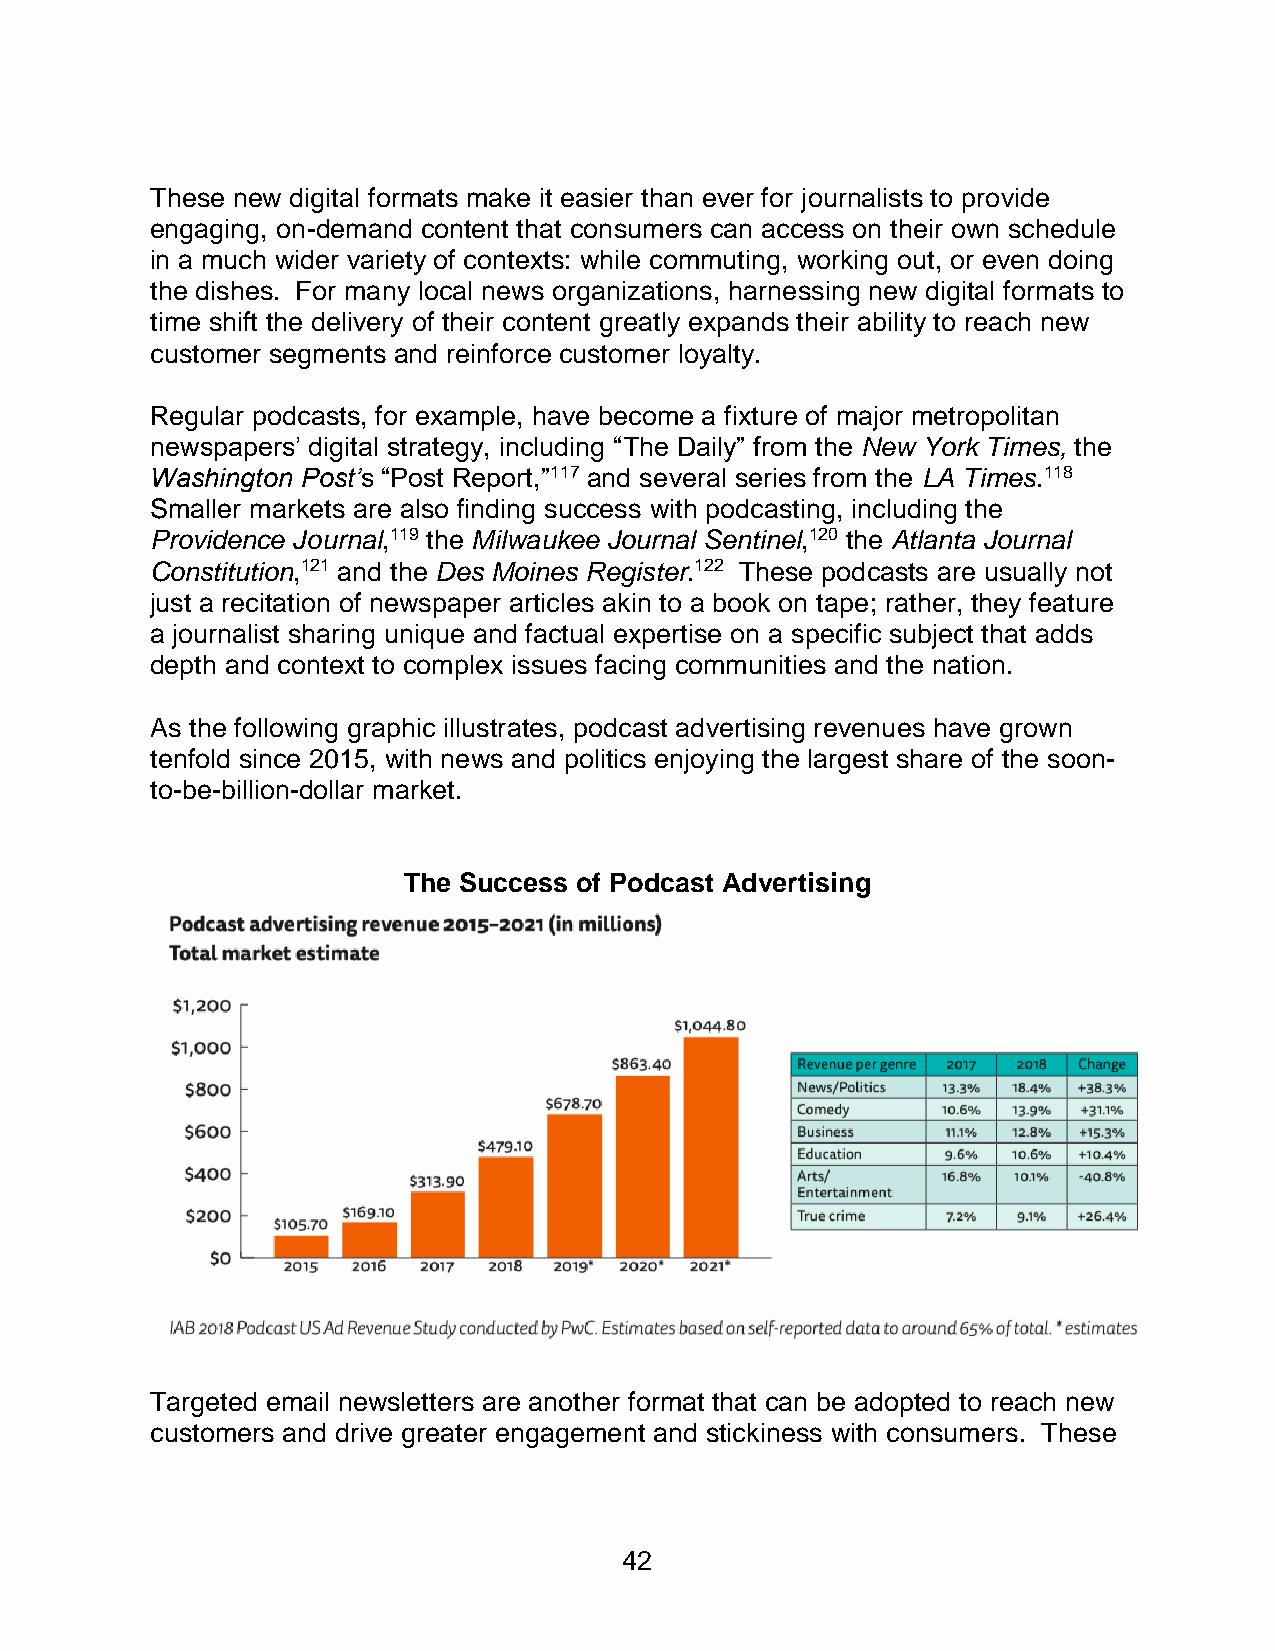
These new digital formats make it easier than ever for journalists to provide
 engaging, on-demand content that consumers can access on their own schedule
 in a much wider variety of contexts: while commuting, working out, or even doing
 the dishes. For many local news organizations, harnessing new digital formats to
 time shift the delivery of their content greatly expands their ability to reach new
 customer segments and reinforce customer loyalty.
 Regular podcasts, for example, have become a fixture of major metropolitan
 newspapers’ digital strategy, including “The Daily” from the New York Times, the
 Washington Post’s “Post Report,”117 and several series from the LA Times.118
 Smaller markets are also finding success with podcasting, including the
 Providence Journal,119 the Milwaukee Journal Sentinel,120 the Atlanta Journal
 Constitution,121 and the Des Moines Register.122 These podcasts are usually not
 just a recitation of newspaper articles akin to a book on tape; rather, they feature
 a journalist sharing unique and factual expertise on a specific subject that adds
 depth and context to complex issues facing communities and the nation.
 As the following graphic illustrates, podcast advertising revenues have grown
 tenfold since 2015, with news and politics enjoying the largest share of the soon-
 to-be-billion-dollar market.
 The Success of Podcast Advertising
 Targeted email newsletters are another format that can be adopted to reach new
 customers and drive greater engagement and stickiness with consumers. These
 42